Report on sanitation, dispensaries, and jails in Rajputana for 1917, and on vaccination for the year 1917-1918 - 1917-1918
Year: 1917
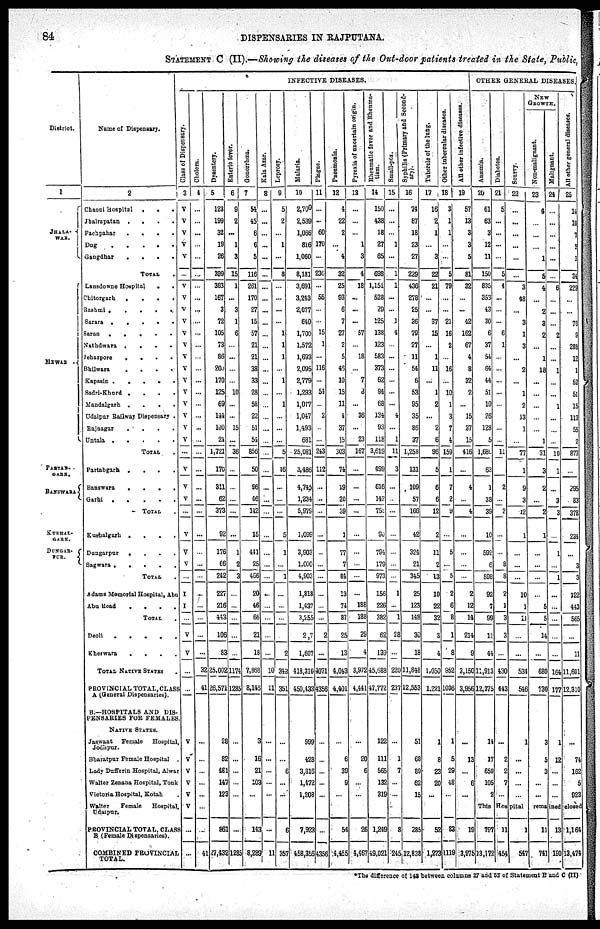
84
DISPENSARIES IN RAJPUTANA.
STATEMENT C (II).—Showing the diseases of the Out-door patients treated in the State, Public,
District.
1
JEALA¬
WAR.
MEWAR .
PARTAB¬
GARG.
BANSWARA
KUSHAL¬
GARH.
DUNGAR¬
PUR.
Name of Dispensary.
2
Chaoni Hospital .
.
.
Jhalrapatan .
.
.
.
Pachpahar
.
.
.
.
Dug
.
.
.
.
.
Gangdhar
.
.
.
.
TOTAL .
Lansdowne Hospital
.
.
Chitorgarh
.
.
.
.
Rashmi .
.
.
.
.
Sarara .
.
.
.
.
Saran .
.
.
.
.
Nathdwara .
.
.
.
Jehazpore
.
.
.
.
Bhilwara
.
.
.
.
Kapasin .
.
.
.
.
Sadri-Khurd .
.
.
.
Mandalgarh .
.
.
.
Udaipur Railway Dispensary .
Rajangar
.
. . .
Untala .
.
.
.
.
TOTAL .
Partabgarh .
.
.
.
Banswara
.
.
.
.
Garhi .
.
.
.
.
TOTAL .
Kushalgarh .
.
.
.
Dungarpur
.
.
.
.
Sagwara . . . . .
TOTAL .
Adams Memorial Hospital, Abu
Abu Road
.
.
.
.
TOTAL .
Deoli
. . . . .
Kherwara
.
.
.
.
TOTAL NATIVE STATES .
PROVINCIAL TOTAL,CLASS
A (General Dispensaries).
B.—HOSPITALS AND DLS¬
PENSARIES FOR FEMALES.
NATIVE STATES.
Jaswant Female Hospital,
Jadhpur.
Bharatpur Female Hospital .
Lady Dufferin Hospital, Alwar
Walter Zenana Hospital, Tonk
Victoria Hospital, Kotah .
Walter
Female
Hospital
Udaipur.
PROVINCLAL TOTAL, CLASS
B (Female Dispensaries).
COMBINED PROVINCIAL
TOTAL.
INFECTIVE DISEASES.
Class of Dispensary.
3
V
V
V
V
V
...
V
V
V
V
V
V
V
V
V
V
V
V
V
V
...
V
V
V
...
V
V
V
...
I
I
...
V
V
...
...
V
V
V
V
V
V
...
...
Cholera.
4
...
...
...
...
...
...
...
...
...
...
...
...
...
...
...
...
...
...
...
...
...
...
...
...
...
...
...
...
...
...
...
...
...
...
35
41
...
...
...
...
...
...
...
41
Dysentery.
5
123
199
32
19
26
399
383
167
3
72
105
73
86
200
170
125
69
144
100
21
1,721
170
311
62
373
92
176
66
242
227
216
443
106
83
25,002
26,571
28
82
481
147
123
861
27,432
Enteric fever.
6
9
2
...
1
3
15
1
...
3
1
6
...
...
...
...
10
...
...
15
...
36
...
...
...
...
...
1
2
3
...
...
...
...
...
1,174
1,285
...
...
...
...
...
...
1,285
Gonorrhœa.
7
54
45
6
6
5
116
261
170
27
15
57
21
21
38
33
28
58
22
51
54
856
50
96
46
142
15
441
25
466
20
46
66
21
18
7,868
8,146
3
16
21
103
...
143
8,289
Kala Azar.
8
...
...
...
...
...
...
...
...
...
...
...
...
...
...
...
...
...
...
...
...
...
...
...
...
...
...
...
...
...
...
...
...
...
...
10
11
...
...
...
...
...
...
11
Leprosy.
9
5
2
...
1
...
8
...
...
...
...
1
1
1
...
1
...
1
...
...
...
5
16
...
...
...
5
1
...
1
...
...
...
...
2
348
351
...
...
6
...
...
6
357
Malaria.
10
2,700
2,539
1,066
816
1,060
8,181
3,691
3,243
2,077
640
1,700
1,572
1,693
2,095
2,779
1,293
1,077
1,047
1,493
681
25,081
3,486
4,745
1,234
5,979
1,099
3,903
1,000
4,903
1,818
1,437
3,255
2,7
1,607
418,310
450,433
999
428
3,816
1,472
1,208
7,923
458,356
Plague.
11
...
...
60
170
...
230
...
55
...
...
15
1
...
116
...
54
...
2
...
...
243
112
...
...
...
...
...
...
...
...
...
...
2
...
4,071
4,356
...
...
...
...
...
...
4,356
Pneumonia.
12
4
22
2
...
4
32
25
93
6
7
27
2
5
45
10
15
11
4
37
15
303
74
19
20
39
1
77
7
84
13
74
87
25
13
4,043
4,401
...
6
39
9
...
54
4,455
Pyrsxia of uncertain origin.
13
...
...
...
1
3
4
18
...
...
...
57
...
18
...
7
3
...
36
...
23
167
...
...
...
...
...
...
...
...
...
188
188
29
4
3,972
4,441
...
20
6
...
...
26
4,467
Rheumatic fever and Rheuma¬
tism.
14
150
438
18
27
65
698
1,151
528
29
125
138
123
583
373
62
94
68
124
93
118
3,619
499
616
142
759
90
794
179
973
156
226
382
62
139
45,688
47,772
122
111
565
132
319
1,249
49,021
Small-pot.
15
...
...
...
1
...
1
1
...
...
1
4
...
...
...
...
...
...
4
...
1
11
3
...
...
...
...
...
...
...
1
...
1
28
...
220
237
...
1
7
...
...
8
245
Syphilis (Primary and Second¬
ary).
16
74
87
18
23
27
229
436
278
25
36
79
27
11
54
6
53
95
35
86
37
1,258
131
109
57
166
42
324
21
345
25
123
148
30
18
11,848
12,553
51
68
89
62
15
285
12,838
Tubercle of the lung.
17
16
2
1
...
3
22
21
...
...
37
15
...
1
11
...
1
2
...
2
6
96
5
6
6
12
2
11
2
13
10
22
32
3
4
1,050
1,221
1
8
23
20
...
52
1,273
Other tubercular diseases
18
3
1
1
...
...
5
79
...
...
21
16
2
...
16
...
10
1
3
7
4
159
1
7
2
9
...
5
...
5
2
6
8
1
8
952
1,036
1
5
29
48
...
83
1,119
All other infective diseases.
19
57
13
3
3
5
81
32
... ...
42
162
67
4
8
32
2
...
15
37
15
416
...
4
...
4
...
...
...
...
2
12
14
214
9
3,150
3,956
...
13
...
6
...
19
3,975
OTHER GENERAL DISEASES.
Anæmia.
20
61
63
3
12
11
150
835
353
43
30
6
37
54
64
44
51
10
26
128
5
1,680
63
1
38
39
10
592
6
598
92
7
99
11
44
11,913
12,375
14
17
659
105
2
Diabetes.
21
5
...
...
...
...
5
4
...
...
...
6
1
...
...
...
...
...
...
...
...
11
...
2
...
2
...
...
8
8
2
1
3
3
...
430
443
...
2
2
7
...
Scurvy.
22
...
...
...
...
...
...
3
48
...
3
1
3
...
2
...
1
2
13
1
...
77
1
9
3
12
1
...
...
...
10
1
11
...
...
534
546
1
...
...
...
...
NEW
GROWTH.
Non-malignant.
23
4
...
...
...
1
5
4
...
2
3
2
...
1
18
...
...
...
...
...
1
31
3
2
...
2
1
...
...
...
...
5
5
14
...
680
730
3
5
3
...
...
Malignant.
24
...
...
...
...
...
...
6
...
...
...
2
...
...
1
...
...
1
...
...
...
10
1
...
3
3
...
1
...
1
...
...
...
...
...
164
177
1
12
...
...
...
All other general diseases.
25
14
10
7
2
1
34
229
...
...
76
9
288
12
1
52
51
15
113
55
2
873
...
295
83
378
234
...
3
3
122
443
565
...
11
11,601
12,310
...
74
162
5
923
This Hospital
remained closed
797
13,172
11
454
1
547
11
741
13
190
1,164
13,474
The difference of 143 between columns 27 and 52 of Statement
and C (II)